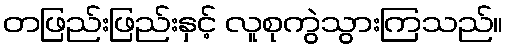
တဖြည်းဖြည်းနှင့် လူစုကွဲသွားကြသည်။